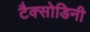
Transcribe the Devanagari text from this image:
टैक्सोडिनी